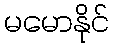
မမောနိုင်